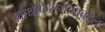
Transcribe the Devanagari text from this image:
माथेफिरूपणाबद्दल